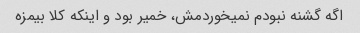
اگه گشنه نبودم نمیخوردمش، خمیر بود و اینکه کلا بیمزه